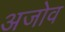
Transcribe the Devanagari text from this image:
अजोव